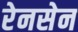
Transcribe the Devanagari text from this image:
रेनसेन